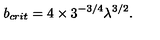
b _ { c r i t } = 4 \times 3 ^ { - 3 / 4 } \lambda ^ { 3 / 2 } .